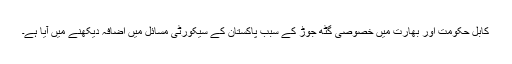
کابل حکومت اور بھارت میں خصوصی گٹھ جوڑ کے سبب پاکستان کے سیکورٹی مسائل میں اضافہ دیکھنے میں آیا ہے۔